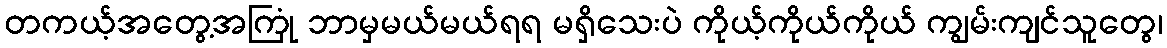
တကယ့်အတွေ့အကြုံ ဘာမှမယ်မယ်ရရ မရှိသေးပဲ ကိုယ့်ကိုယ်ကိုယ် ကျွမ်းကျင်သူတွေ၊